Kassari_(Keina)_vallavalitsus, lk 24
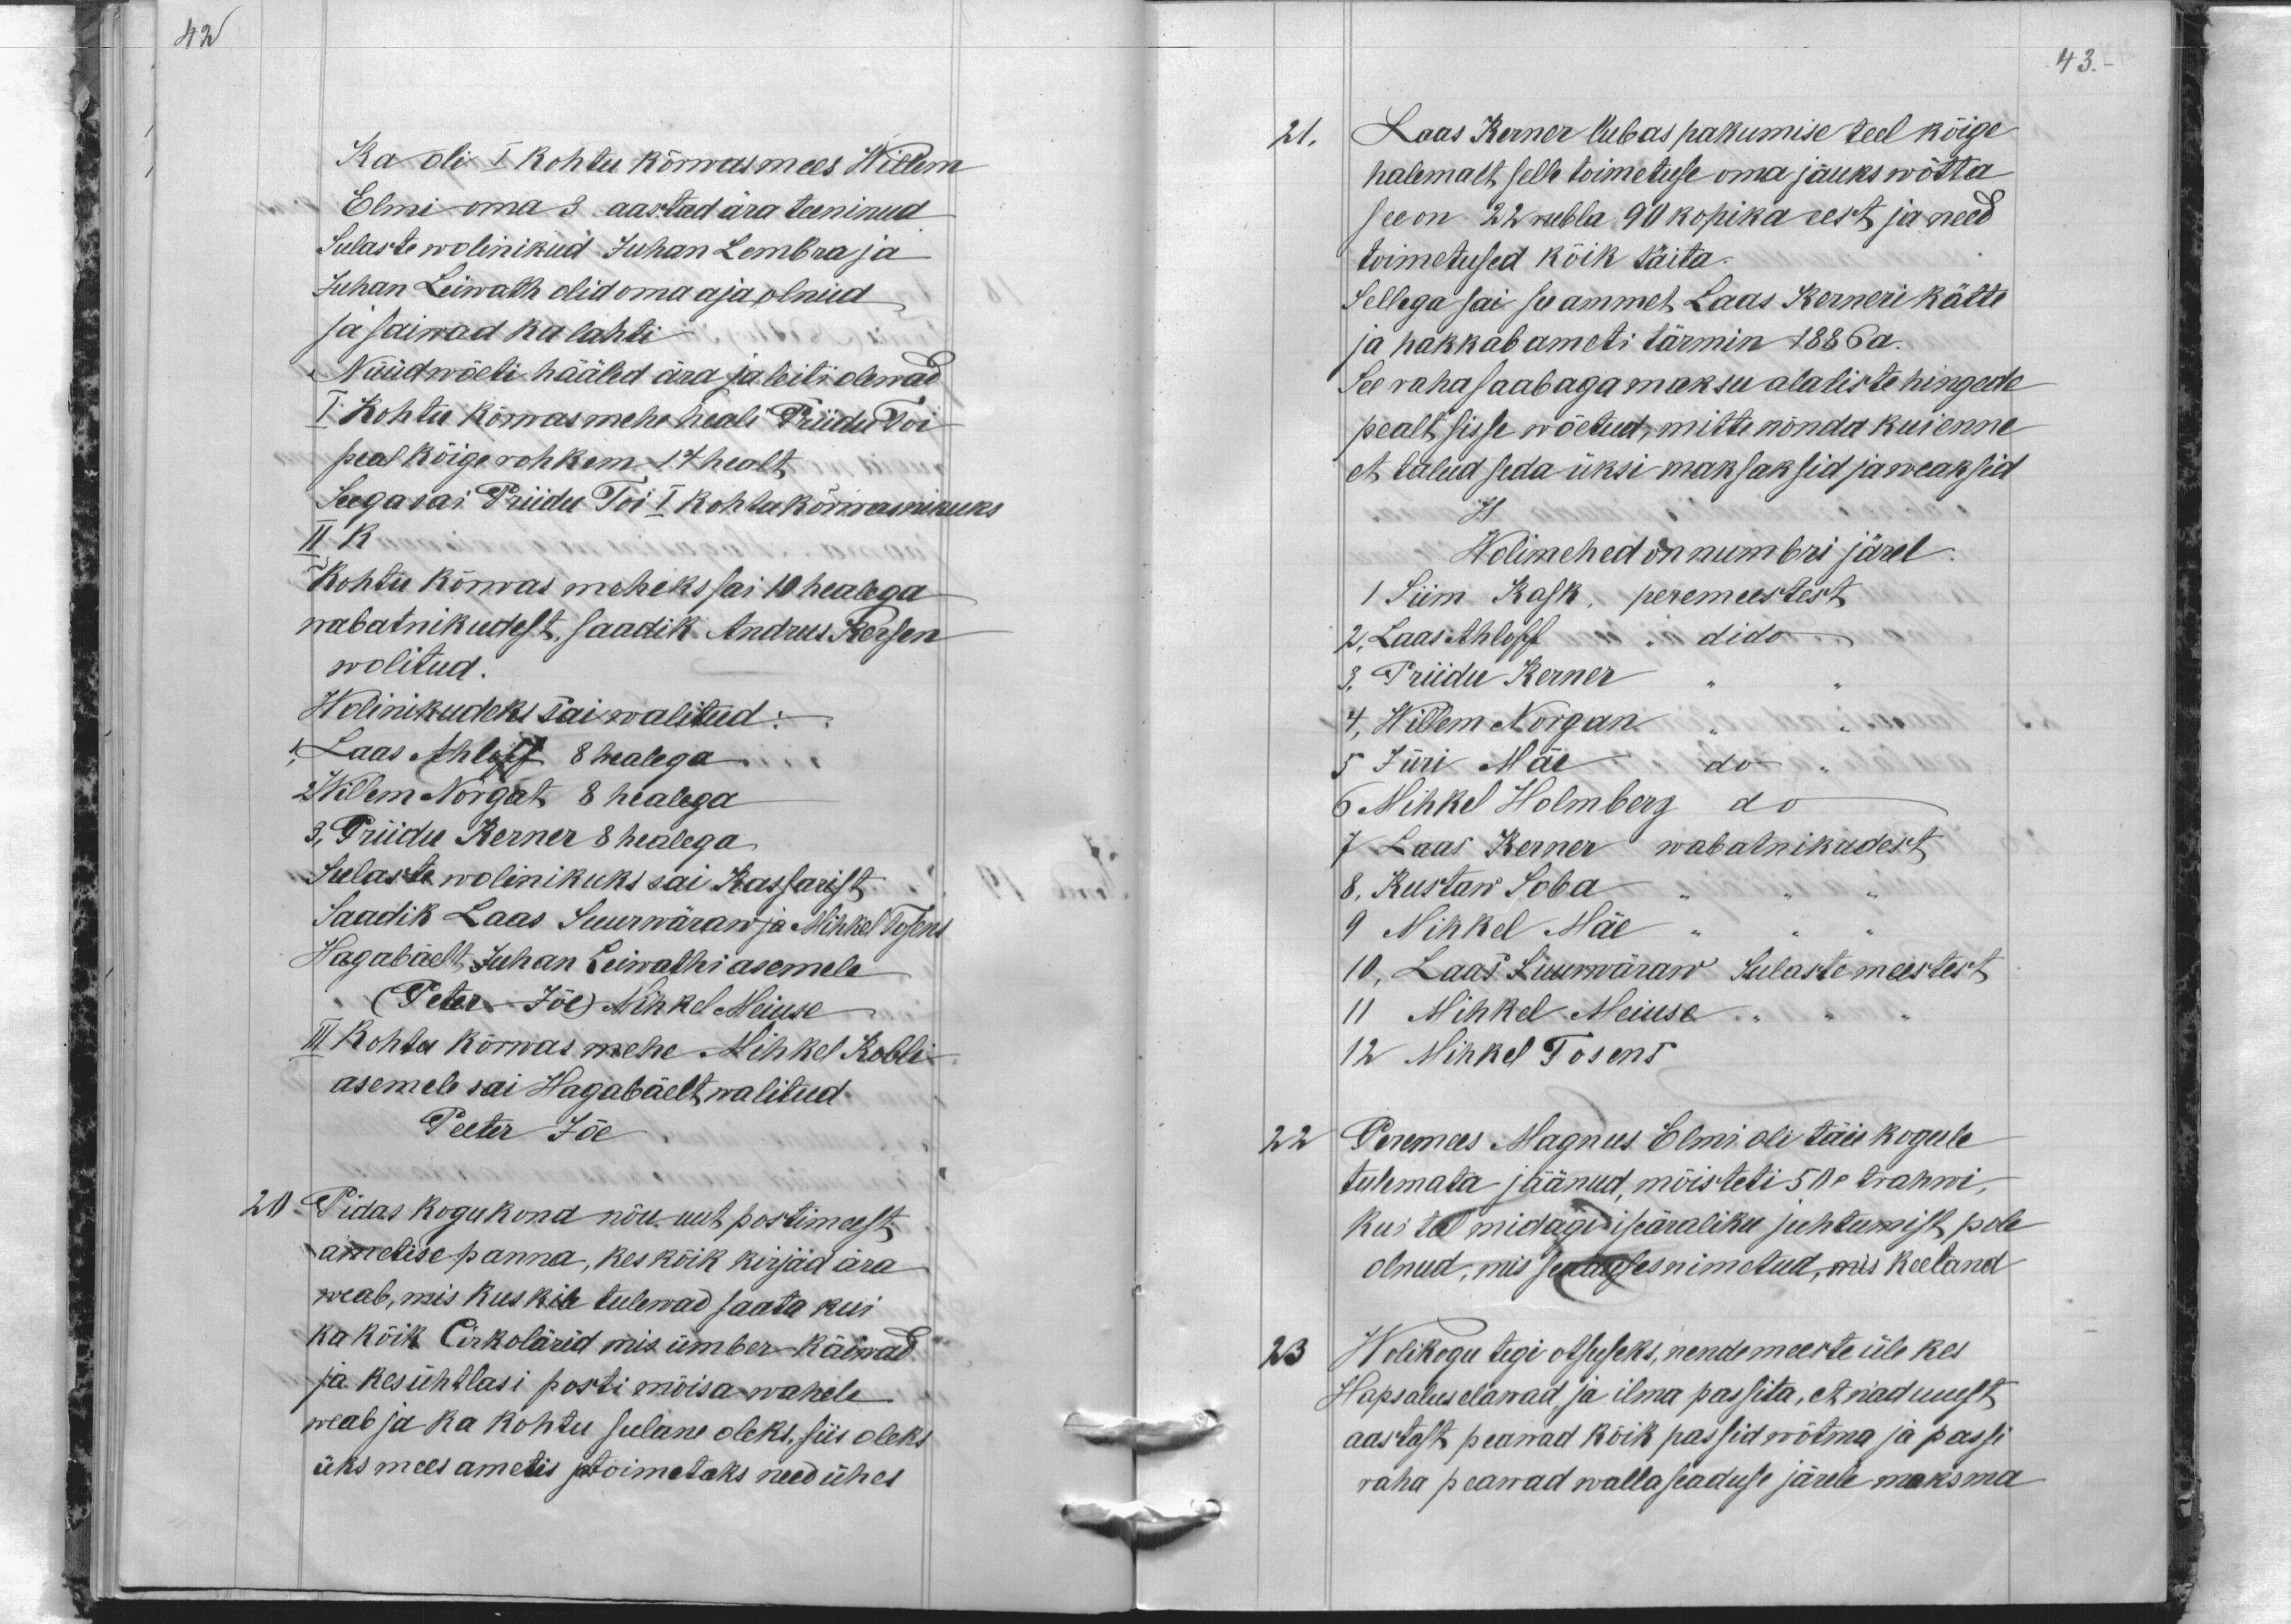
42

43.

Ka oli I kohtu kõrwasmees Willem
Elmi oma 3 aastad ära teeninud
Sulaste wolinikud Juhan Lembra ja
Juhan Leiwath olid oma aja olnud
ja saiwad ka lahti
Nüüd wõeti hääled ära ja leiti olewad
I Kohtu kõrwasmehe heali Priidu Toi
peal kõige rohkem 14 healt
Seega sai Priidu Toi I kohtu kõrwasnikuks
II K.
Kohtu kõrwas meheks sai 10 healega
wabatnikudest, saadik Andrus Kersen
wolitud.
Wolinikudeks sai walitud
1, Laas Ahloff 8 healega.
2 Willem Nõrgat 8 healega
3, Priidu Kerner 8 healega.
Sulaste wolinikuks sai Kassarist
Saadik Laas Suurwäraw ja Mihkel Tosens
Hagabäelt, Juhan Leiwathi asemele
(Peter Jõe) Mihkel Meiuse
III Kohtu kõrwas mehe Mihkel Kobli
asemele sai Hagabäelt walitud
Peeter Jõe
20 Pidas kogukond nõu uut postimeest
ametise panna, kes kõik kirjad ära
weab, mis kuskile tulewad saata kui
ka kõik Cirkolärid mis ümber käiwad
ja kes ühtlasi posti mõisa wahele
weab ja ka kohtu sulane oleks, siis oleks
üks mees ametis ja toimetaks need ühes

21.
Laas Kerner lubas pakumise teel kõige
halemalt, selle toimetuse oma jauks wõtta
see on 22 rubla 90 kopika eest ja need
toimetused kõik täita.
Sellega sai see ammet Laas Kerneri kätte
ja hakkab ameti tärmin 1886 a.
See raha saab aga maksu alatiste hingede
pealt sisse wõetud, mitte nõnda kui enne
et talud seda üksi maksaksid ja weaksid
H
Wolimehed on numbri järel.
1 Siim Kask, peremeestest
2. Laas Ahloff  " dido
3. Priidu Kerner
4, Willem Norgan
5 Jüri Mäe
6 Mihkel Holmberg do
7 Laas Kerner wabatnikudest
8. Kustaw Soba
9 Mihkel Mäe
10, Laas Suurwäraw Sulaste meestest
11 Mihkel Meiuse
12 Mihkel Tosens
22
Peremees Magnus Elmi oli täie kogule
tulemata jäänud, mõisteti 50 c trahwi,
kui tal midagi iseäraliku juhtumist pole
olnud, mis seaduses nimetud, mis keeland
23
Wolikogu tegi otsuseks, nende meeste üle kes
Hapsalus elawad ja ilma passita, et nad uuest
aastast peawad kõik passid wõtma ja passi
raha peawad wallaseaduse järele maksma